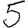
Digit: 5